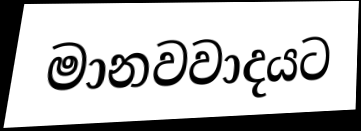
මානවවාදයට